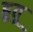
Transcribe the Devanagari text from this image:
हूवू